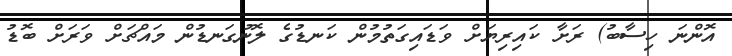
އޮންނަ ހިސާބު) ރަށާ ކައިރިޔަށް ވަޑައިގަތުމުން ކަނޑުގެ ލޮނުގަނޑުން މައްޗަށް ވަރަށް ބޮޑު